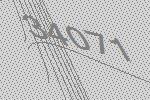
34071